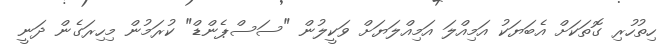
ހިތުހުރި ގޮތަކަށް އެބަޔަކު އަމިއްލަ އަމިއްލަޔަށް ވަކީލުން "ސަސްޕެންޑް" ކުރަމުން މިހިރަގެން ދަނީ